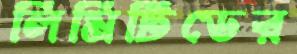
লিমিটিডের